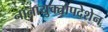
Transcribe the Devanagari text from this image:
नानायुक्तोपदेशेन